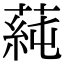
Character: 蒓